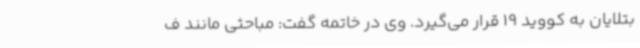
بتلایان به کووید 19 قرار می‌گیرد. وی در خاتمه گفت: مباحثی مانند ف